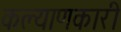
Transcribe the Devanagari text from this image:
कल्‍याणकारी